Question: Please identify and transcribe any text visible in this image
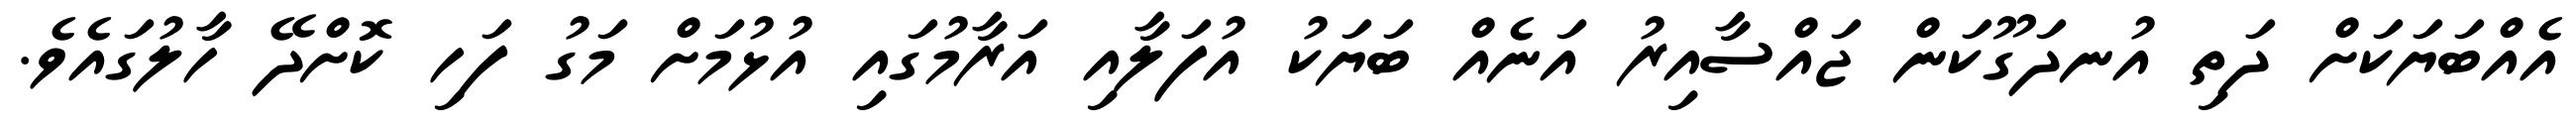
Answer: އެއްބަޔަކަށް ދަތި އުނދަގޫކަން ޖައްސާއިރު އަނެއް ބަޔަކު އުފަލާއި އަރާމުގައި އުޅުމަށް މަގު ފަހި ކޮށްދޭ ހާލުގައެވެ.